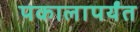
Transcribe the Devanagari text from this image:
पकालापर्यंत